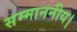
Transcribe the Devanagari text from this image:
सम्माननीय।